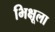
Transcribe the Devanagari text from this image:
भिक्षूला